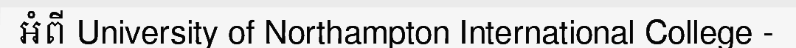
អំពី University of Northampton International College -